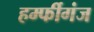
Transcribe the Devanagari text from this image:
हर्म्फीगंज